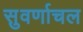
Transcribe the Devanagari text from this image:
सुवर्णाचल